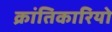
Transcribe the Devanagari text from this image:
क्रांतिकारियो